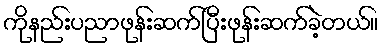
ကိုနည်းပညာဖုန်းဆက်ပြီးဖုန်းဆက်ခဲ့တယ်။